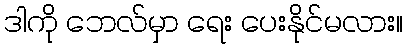
ဒါကို ဘေလ်မှာ ရေး ပေးနိုင်မလား။